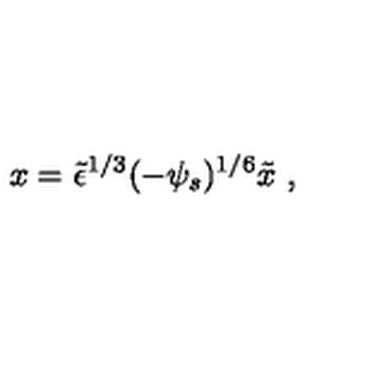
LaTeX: x = \tilde { \epsilon } ^ { 1 / 3 } ( - \psi _ { s } ) ^ { 1 / 6 } \tilde { x } \ ,